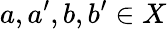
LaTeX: a,a^{\prime},b,b^{\prime}\in X